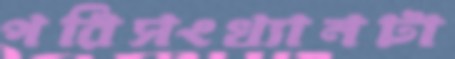
পরিসংখ্যানটা